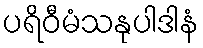
ပရိဝီမံသနုပါဒါနံ